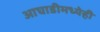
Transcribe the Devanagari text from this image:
आघाडीमध्येही